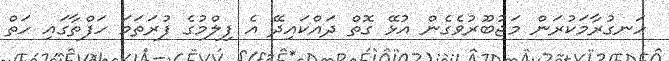
ހަނގުރާމަކުރަން މަޖުބޫރުވެގެން އުޅޭ ގޮތް ދައްކައިދޭ އެ ފިލްމުގެ ފުރަތަމަ ހަފްތާގައި ހަތް